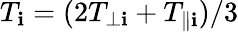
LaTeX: T_{\mathbf{i}}=(2T_{\perp\mathbf{i}}+T_{\parallel\mathbf{i}})/3